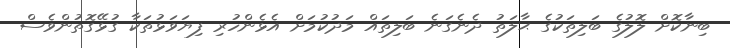
ބިނާކޮށް ލޮލުގެ ބަލިތަކުގެ ޙާލަތު ދެނެގަނެ ބަލިތައް މަދުކުުމަށް އެޅެންހުރި ފިޔަވަޅުތަކާ ގުޅޭގޮތުންވެސް